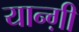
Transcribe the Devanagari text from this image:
यान्ग़ी